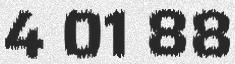
4 01 88